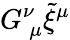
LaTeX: G_{\: \mu}^{\nu}\tilde{\xi}^{\mu}